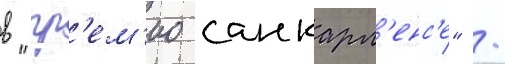
в "гр'ем'ио санкарл'енс'е" /